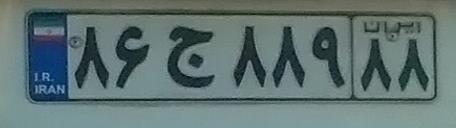
۸۶ج۸۸۹۸۸